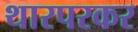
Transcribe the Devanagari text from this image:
थारपरकर